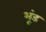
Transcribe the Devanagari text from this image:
भूंड